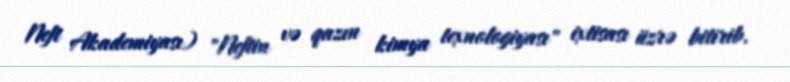
Neft Akademiyası) "Neftin və qazın kimya texnologiyası" ixtisası üzrə bitirib.